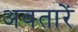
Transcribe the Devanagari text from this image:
अवतारें